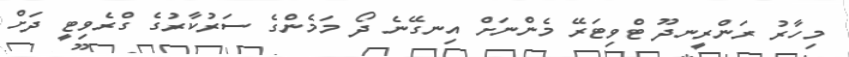
މިހާރު ރަންރީނދޫ ޓްވިޓަރޭ މެންނަށް އިނގޭނެ ދޯ މަމެންގެ ސަރުކާރުގެ ގްރެވިޓީ ދަށް